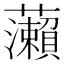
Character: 𬟣